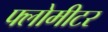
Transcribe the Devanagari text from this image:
फ्लोमीटर